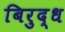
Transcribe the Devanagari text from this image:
बिरुद्ध